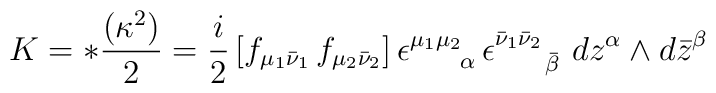
K = *{(\kappa^2)\over 2} = {i \over 2} \left[ f_{\mu_1\bar\nu_1} \, f_{\mu_2\bar\nu_2}\right] \epsilon^{\mu_1\mu_2}_{\hspace{0.25in}\alpha} \,\epsilon^{\bar\nu_1\bar\nu_2}_{\hspace{0.25in}\bar\beta} \,\, dz^\alpha \wedge d\bar{z}^\beta